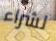
لشراء